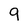
Character: 9